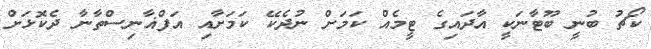
ކޯޗު ބުނީ ބޫޓާނަކީ އާދައިގެ ޓީމެއް ކަމަށް ނުދެކޭ ކަމަށާއި އަފްޣާނިސްތާނާ ދެކޮޅަށް